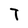
Character: T